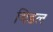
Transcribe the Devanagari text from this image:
थिडल